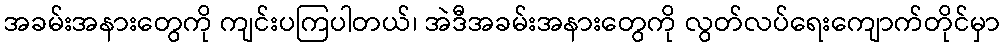
အခမ်းအနားတွေကို ကျင်းပကြပါတယ်၊ အဲဒီအခမ်းအနားတွေကို လွတ်လပ်ရေးကျောက်တိုင်မှာ